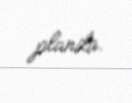
planda.